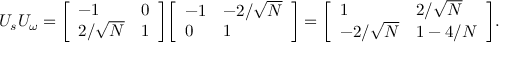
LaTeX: U _ { s } U _ { \omega } = { \left[ \begin{array} { l l } { - 1 } & { 0 } \\ { 2 / { \sqrt { N } } } & { 1 } \end{array} \right] } { \left[ \begin{array} { l l } { - 1 } & { - 2 / { \sqrt { N } } } \\ { 0 } & { 1 } \end{array} \right] } = { \left[ \begin{array} { l l } { 1 } & { 2 / { \sqrt { N } } } \\ { - 2 / { \sqrt { N } } } & { 1 - 4 / N } \end{array} \right] } .